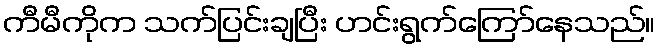
ကီမီကိုက သက်ပြင်းချပြီး ဟင်းရွက်ကြော်နေသည်။